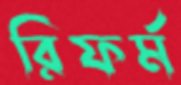
রিফর্ম